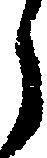
ら